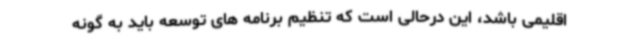
اقلیمی باشد، این درحالی است که تنظیم برنامه های توسعه باید به گونه